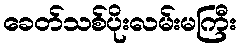
ခေတ်သစ်ပိုးလမ်းမကြီး